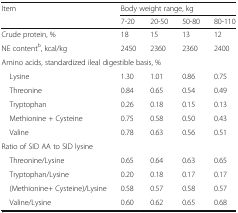
<table><thead><tr><td rowspan="2"><b>Item</b></td><td colspan="4"><b>Body weight range, kg</b></td></tr><tr><td><b>7-20</b></td><td><b>20-50</b></td><td><b>50-80</b></td><td><b>80-110</b></td></tr></thead><tbody><tr><td>Crude protein, %</td><td>18</td><td>15</td><td>13</td><td>12</td></tr><tr><td>NE content<sup>b</sup>, kcal/kg</td><td>2450</td><td>2360</td><td>2360</td><td>2400</td></tr><tr><td colspan="5">Amino acids, standardized ileal digestible basis, %</td></tr><tr><td> Lysine</td><td>1.30</td><td>1.01</td><td>0.86</td><td>0.75</td></tr><tr><td> Threonine</td><td>0.84</td><td>0.65</td><td>0.54</td><td>0.49</td></tr><tr><td> Tryptophan</td><td>0.26</td><td>0.18</td><td>0.15</td><td>0.13</td></tr><tr><td> Methionine + Cysteine</td><td>0.75</td><td>0.58</td><td>0.50</td><td>0.43</td></tr><tr><td> Valine</td><td>0.78</td><td>0.63</td><td>0.56</td><td>0.51</td></tr><tr><td colspan="5">Ratio of SID AA to SID lysine</td></tr><tr><td> Threonine/Lysine</td><td>0.65</td><td>0.64</td><td>0.63</td><td>0.65</td></tr><tr><td> Tryptophan/Lysine</td><td>0.20</td><td>0.18</td><td>0.17</td><td>0.17</td></tr><tr><td> (Methionine+ Cysteine)/Lysine</td><td>0.58</td><td>0.57</td><td>0.58</td><td>0.57</td></tr><tr><td> Valine/Lysine</td><td>0.60</td><td>0.62</td><td>0.65</td><td>0.68</td></tr></tbody></table>